Report of the Bombay Plague Committee
Disease focus: Plague
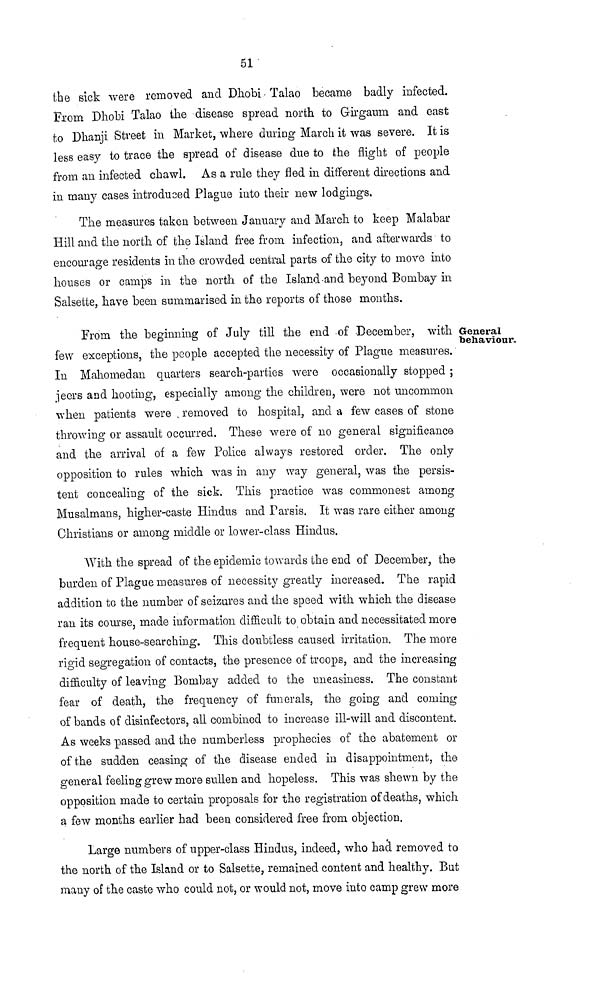
51
the sick were removed and Dhobi Talao became badly infected.
From Dhobi Talao the disease spread north to Girgaum and east
to Dhanji Street in Market, where during March it was severe. It is
less easy to trace the spread of disease due to the flight of people
from an infected chawl. As a rule they fled in different directions and
in many cases introduced Plague into their new lodgings.
The measures taken between January and March to keep Malabar
Hill and the north of the Island free from infection, and afterwards to
encourage residents in the crowded central parts of the city to move into
houses or camps in the north of the Island-and beyond Bombay in
Salsette, have been summarised in the reports of those months.
General
behaviour.
From the beginning of July till the end of December, with
few exceptions, the people accepted the necessity of Plague measures.
In Mahomed an quarters search-parties were occasionally stopped ;
jeers and hooting, especially among the children, were not uncommon
when patients were removed to hospital, and a few cases of stone
throwing or assault occurred. These were of no general significance
and the arrival of a few Police always restored order. The only
opposition to rules which was in any way general, was the persis-
tent concealing of the sick. This practice was commonest among
Musalmans, higher-caste Hindus and Parsis. It was rare either among
Christians or among middle or lower-class Hindus.
With the spread of the epidemic towards the end of December, the
burden of Plague measures of necessity greatly increased. The rapid
addition to the number of seizures and the speed with which the disease
ran its course, made information difficult to obtain and necessitated more
frequent house-searching. This doubtless caused irritation. The more
rigid segregation of contacts, the presence of troops, and the increasing
difficulty of leaving Bombay added to the uneasiness. The constant
fear of death, the frequency of funerals, the going and coming
of bands of disinfectors, all combined to increase ill-will and discontent.
As weeks passed and the numberless prophecies of the abatement or
of the sudden ceasing of the disease ended in disappointment, the
general feeling grew more sullen and hopeless. This was shewn by the
opposition made to certain proposals for the registration of deaths, which
a few months earlier had been considered free from objection.
Large numbers of upper-class Hindus, indeed, who had removed to
the north of the Island or to Salsette, remained content and healthy. But
many of the caste who could not, or would not, move into camp grew more